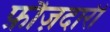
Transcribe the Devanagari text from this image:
फ़ौज़दारी